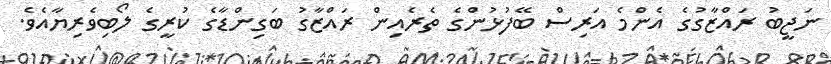
ނަޖީބު ރައްޒާގުގެ އެންމެ އަރިސް ބޭފުޅުންގެ ތެރެއިން ރައްޒާގު ބަގިންޑާގެ ކުރީގެ ލޯބިވެރިޔާއެވެ.